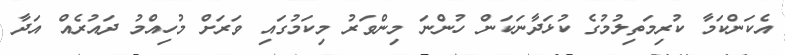
އެކަންކަމާ ކުރިމަތިލުމުގެ ކުޅަދާނަކަން ހުންނަ މިންވަރު މިކަމުގައި ވަރަށް މުހިއްމު ދައުރެއް އަދާ